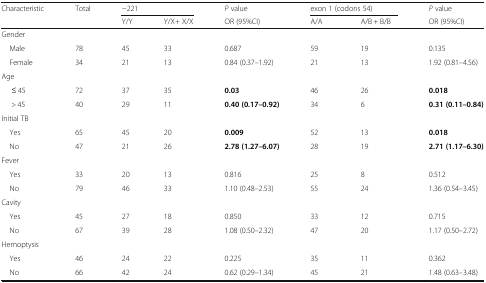
| <ROWSPAN=2> Characteristic | <ROWSPAN=2> Total | <COLSPAN=2> −221 | P value | <COLSPAN=2> exon 1 (codons 54) | P value |
 | Y/Y | Y/X+ X/X | OR (95%CI) | A/A | A/B + B/B | OR (95%CI) |
 | --- | --- | --- | --- | --- | --- | --- | --- |
 | <COLSPAN=8> Gender |
 | Male | 78 | 45 | 33 | 0.687 | 59 | 19 | 0.135 |
 | Female | 34 | 21 | 13 | 0.84 (0.37–1.92) | 21 | 13 | 1.92 (0.81–4.56) |
 | <COLSPAN=8> Age |
 | ≤ 45 | 72 | 37 | 35 | 0.03 | 46 | 26 | 0.018 |
 | > 45 | 40 | 29 | 11 | 0.40 (0.17–0.92) | 34 | 6 | 0.31 (0.11–0.84) |
 | <COLSPAN=8> Initial TB |
 | Yes | 65 | 45 | 20 | 0.009 | 52 | 13 | 0.018 |
 | No | 47 | 21 | 26 | 2.78 (1.27–6.07) | 28 | 19 | 2.71 (1.17–6.30) |
 | <COLSPAN=8> Fever |
 | Yes | 33 | 20 | 13 | 0.816 | 25 | 8 | 0.512 |
 | No | 79 | 46 | 33 | 1.10 (0.48–2.53) | 55 | 24 | 1.36 (0.54–3.45) |
 | <COLSPAN=8> Cavity |
 | Yes | 45 | 27 | 18 | 0.850 | 33 | 12 | 0.715 |
 | No | 67 | 39 | 28 | 1.08 (0.50–2.32) | 47 | 20 | 1.17 (0.50–2.72) |
 | <COLSPAN=8> Hemoptysis |
 | Yes | 46 | 24 | 22 | 0.225 | 35 | 11 | 0.362 |
 | No | 66 | 42 | 24 | 0.62 (0.29–1.34) | 45 | 21 | 1.48 (0.63–3.48) |